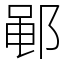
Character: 𫑡